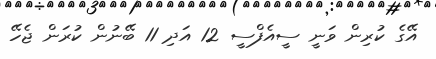
އޭގެ ކުރިން ވަނީ ސީއެފްސީ 12 އަދި 11 ބޭނުން ކުރަން ޖެހޭ